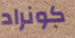
كونراد